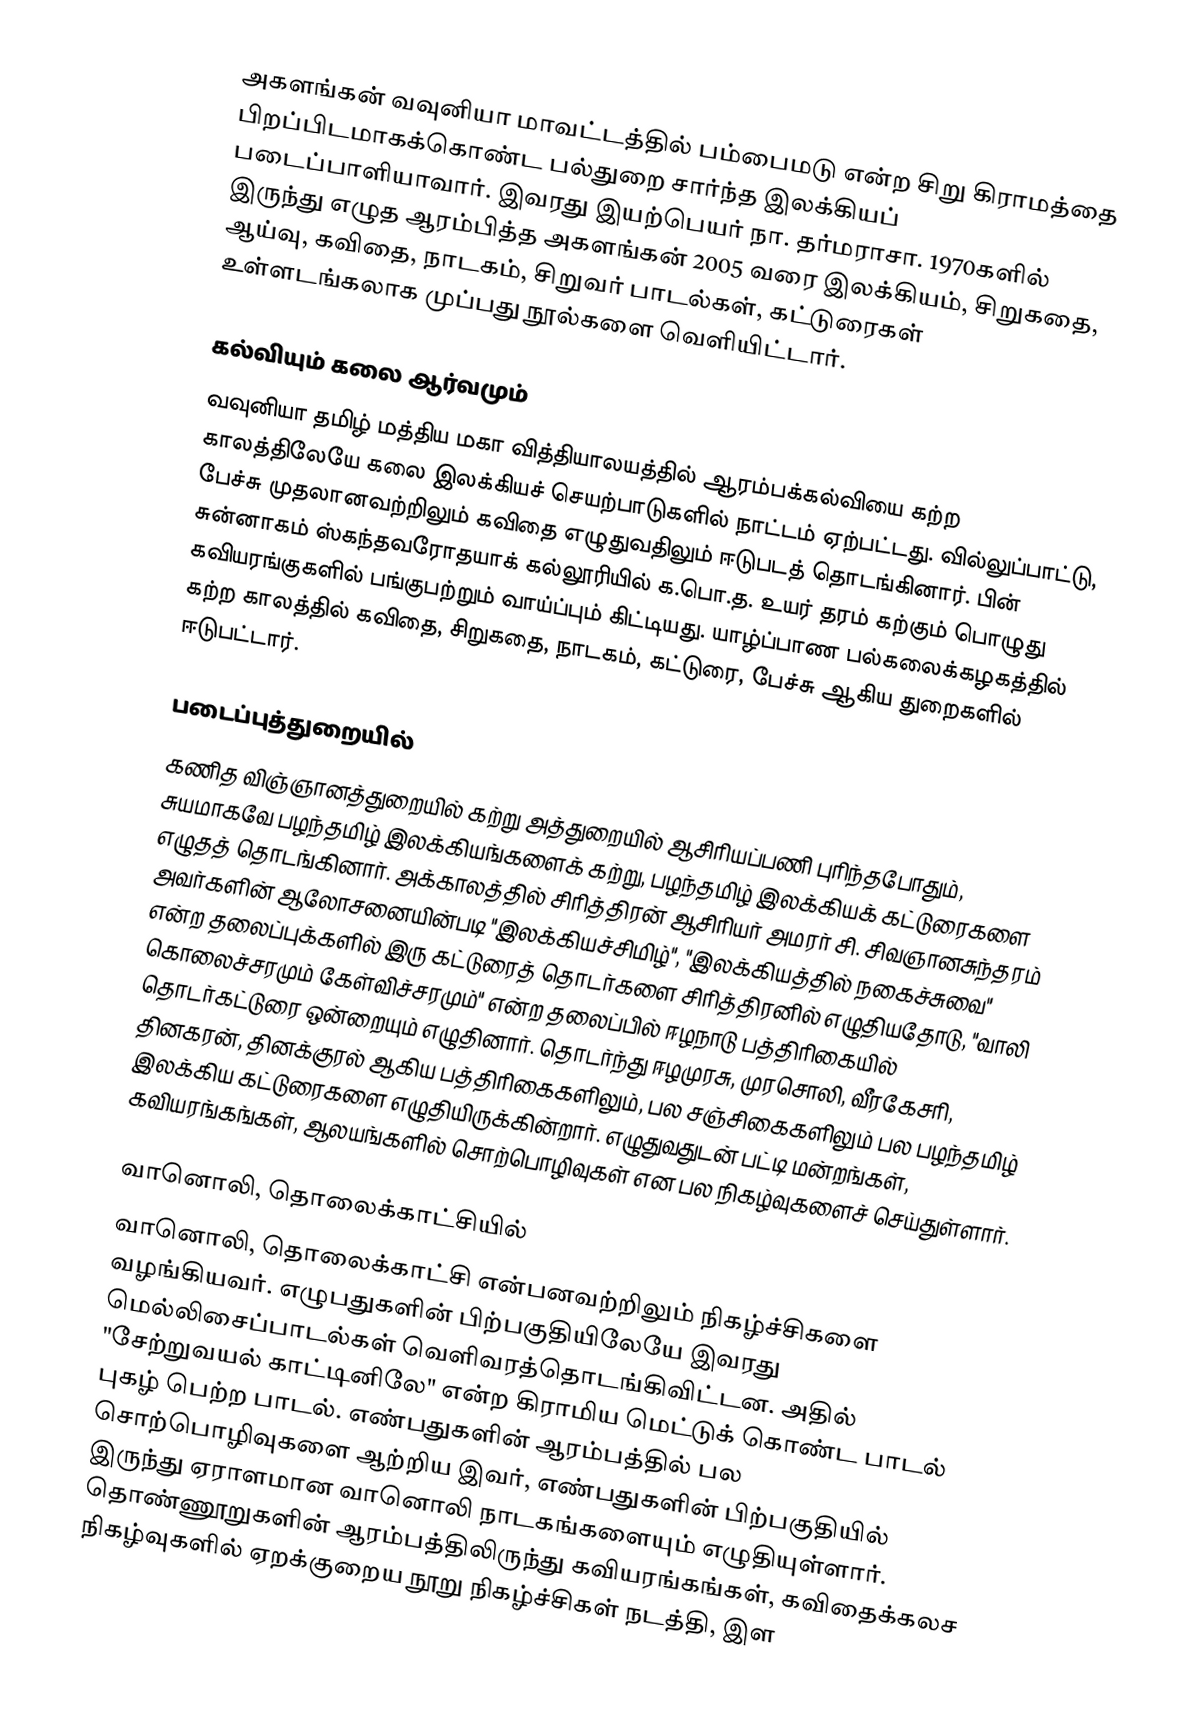
அகளங்கன் வவுனியா மாவட்டத்தில் பம்பைமடு என்ற சிறு கிராமத்தை பிறப்பிடமாகக்கொண்ட பல்துறை சார்ந்த இலக்கியப் படைப்பாளியாவார். இவரது இயற்பெயர் நா. தர்மராசா. 1970களில் இருந்து எழுத ஆரம்பித்த அகளங்கன் 2005 வரை இலக்கியம், சிறுகதை, ஆய்வு, கவிதை, நாடகம், சிறுவர் பாடல்கள், கட்டுரைகள் உள்ளடங்கலாக முப்பது நூல்களை வெளியிட்டார்.

கல்வியும் கலை ஆர்வமும்
வவுனியா தமிழ் மத்திய மகா வித்தியாலயத்தில் ஆரம்பக்கல்வியை கற்ற காலத்திலேயே கலை இலக்கியச் செயற்பாடுகளில் நாட்டம் ஏற்பட்டது. வில்லுப்பாட்டு, பேச்சு முதலானவற்றிலும் கவிதை எழுதுவதிலும் ஈடுபடத் தொடங்கினார். பின் சுன்னாகம் ஸ்கந்தவரோதயாக் கல்லூரியில் க.பொ.த. உயர் தரம் கற்கும் பொழுது கவியரங்குகளில் பங்குபற்றும் வாய்ப்பும் கிட்டியது. யாழ்ப்பாண பல்கலைக்கழகத்தில் கற்ற காலத்தில் கவிதை, சிறுகதை, நாடகம், கட்டுரை, பேச்சு ஆகிய துறைகளில் ஈடுபட்டார்.

படைப்புத்துறையில்
கணித விஞ்ஞானத்துறையில் கற்று அத்துறையில் ஆசிரியப்பணி புரிந்தபோதும், சுயமாகவே பழந்தமிழ் இலக்கியங்களைக் கற்று, பழந்தமிழ் இலக்கியக் கட்டுரைகளை எழுதத் தொடங்கினார். அக்காலத்தில் சிரித்திரன் ஆசிரியர் அமரர் சி. சிவஞானசுந்தரம் அவர்களின் ஆலோசனையின்படி   "இலக்கியச்சிமிழ்", "இலக்கியத்தில் நகைச்சுவை" என்ற தலைப்புக்களில் இரு கட்டுரைத் தொடர்களை சிரித்திரனில் எழுதியதோடு, "வாலி கொலைச்சரமும் கேள்விச்சரமும்" என்ற தலைப்பில் ஈழநாடு பத்திரிகையில் தொடர்கட்டுரை ஒன்றையும் எழுதினார். தொடர்ந்து ஈழமுரசு, முரசொலி, வீரகேசரி, தினகரன், தினக்குரல் ஆகிய பத்திரிகைகளிலும், பல சஞ்சிகைகளிலும் பல பழந்தமிழ் இலக்கிய கட்டுரைகளை எழுதியிருக்கின்றார். எழுதுவதுடன் பட்டி மன்றங்கள், கவியரங்கங்கள், ஆலயங்களில் சொற்பொழிவுகள் என பல நிகழ்வுகளைச் செய்துள்ளார்.

வானொலி, தொலைக்காட்சியில்
வானொலி, தொலைக்காட்சி என்பனவற்றிலும் நிகழ்ச்சிகளை வழங்கியவர். எழுபதுகளின் பிற்பகுதியிலேயே இவரது மெல்லிசைப்பாடல்கள் வெளிவரத்தொடங்கிவிட்டன. அதில் "சேற்றுவயல் காட்டினிலே" என்ற கிராமிய மெட்டுக் கொண்ட பாடல் புகழ் பெற்ற பாடல். எண்பதுகளின் ஆரம்பத்தில் பல சொற்பொழிவுகளை ஆற்றிய இவர், எண்பதுகளின் பிற்பகுதியில் இருந்து ஏராளமான வானொலி நாடகங்களையும் எழுதியுள்ளார். தொண்ணூறுகளின் ஆரம்பத்திலிருந்து கவியரங்கங்கள், கவிதைக்கலச நிகழ்வுகளில் ஏறக்குறைய நூறு நிகழ்ச்சிகள் நடத்தி, இள